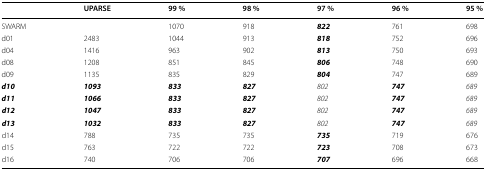
|  | UPARSE | 99 % | 98 % | 97 % | 96 % | 95 % |
 | --- | --- | --- | --- | --- | --- | --- |
 | SWARM |  | 1070 | 918 | 822 | 761 | 698 |
 | d01 | 2483 | 1044 | 913 | 818 | 752 | 696 |
 | d04 | 1416 | 963 | 902 | 813 | 750 | 693 |
 | d08 | 1208 | 851 | 845 | 806 | 748 | 690 |
 | d09 | 1135 | 835 | 829 | 804 | 747 | 689 |
 | d10 | 1093 | 833 | 827 | 802 | 747 | 689 |
 | d11 | 1066 | 833 | 827 | 802 | 747 | 689 |
 | d12 | 1047 | 833 | 827 | 802 | 747 | 689 |
 | d13 | 1032 | 833 | 827 | 802 | 747 | 689 |
 | d14 | 788 | 735 | 735 | 735 | 719 | 676 |
 | d15 | 763 | 722 | 722 | 723 | 708 | 673 |
 | d16 | 740 | 706 | 706 | 707 | 696 | 668 |